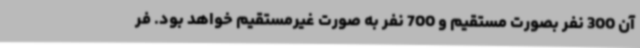
آن 300 نفر بصورت مستقیم و 700 نفر به صورت غیرمستقیم خواهد بود. فر